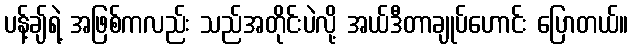
ပန့်ချ်ရဲ့ အဖြစ်ကလည်း သည်အတိုင်းပဲလို့ အယ်ဒီတာချုပ်ဟောင်း ပြောတယ်။